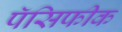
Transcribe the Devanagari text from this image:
पॅसिफीक